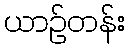
ယာဉ်တန်း